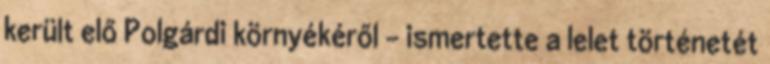
került elő Polgárdi környékéről - ismertette a lelet történetét